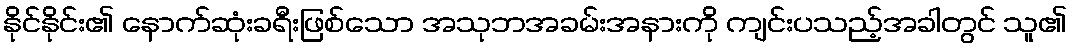
နိုင်နိုင်း၏ နောက်ဆုံးခရီးဖြစ်သော အသုဘအခမ်းအနားကို ကျင်းပသည့်အခါတွင် သူ၏